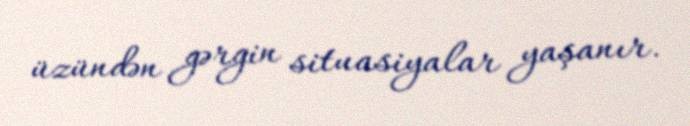
üzündən gərgin situasiyalar yaşanır.